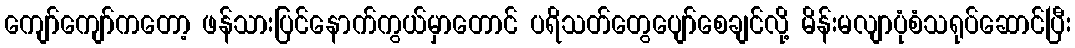
ကျော်ကျော်ကတော့ ဖန်သားပြင်နောက်ကွယ်မှာတောင် ပရိသတ်တွေပျော်စေချင်လို့ မိန်းမလျာပုံစံသရုပ်ဆောင်ပြီး